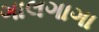
ગાલગાગા